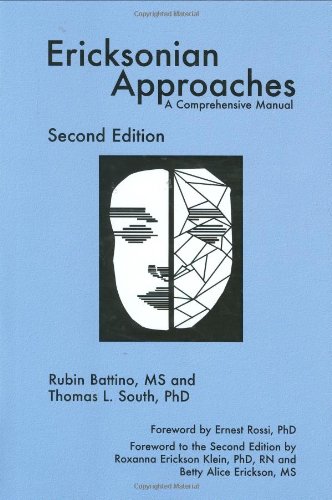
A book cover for Ericksonian Approaches: A Comprehensive Manual; Thomas L. South; Self-Help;